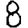
Digit: 8